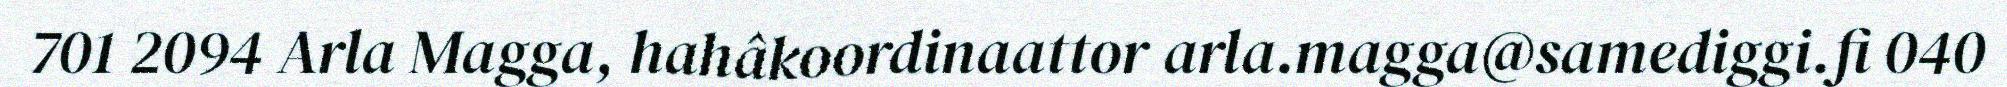
701 2094 Arla Magga, hahâkoordinaattor arla.magga@samediggi.fi 040